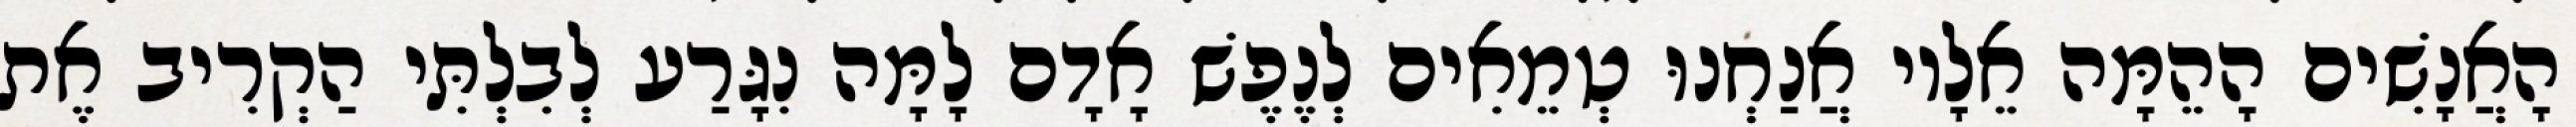
הָאֲנָשִׁים הָהֵמָּה אֵלָיו אֲנַחְנוּ טְמֵאִים לְנֶפֶשׁ אָדָם לָמָּה נִגָּרַע לְבִלְתִּי הַקְרִיב אֶת